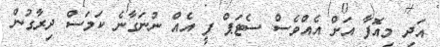
އަދި މިއޮފާ އަށް އެއްވެސް ސެޓަޕް ފީ އެއް ނުނަގާނެ ކަމަސް ދިރާގުން